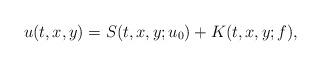
LaTeX: \begin{align*}u(t,x,y)=S(t,x,y;u_0)+K(t,x,y;f),\end{align*}